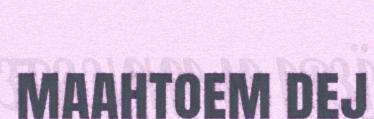
maahtoem dej